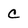
Character: C